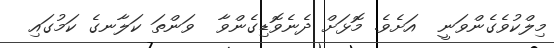
މިލްކުވެގެންވަނީ  އަށެވެ. މޮޅަށް ދެނެވޮޑިގެންވާ  ވަންތަ ކަލާނގެ ކަމުގައި